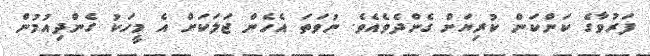
ފަރުވާގެ ކަންކަން ކުރިޔަށް ގެންދެވެއެވެ. ނުވަތަ އެހެން ޖަލަކަށް އެ މީހަކު ގެންދިއުމުން